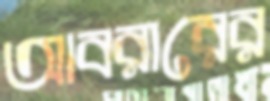
আবরারের